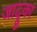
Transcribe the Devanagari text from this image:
जादूका